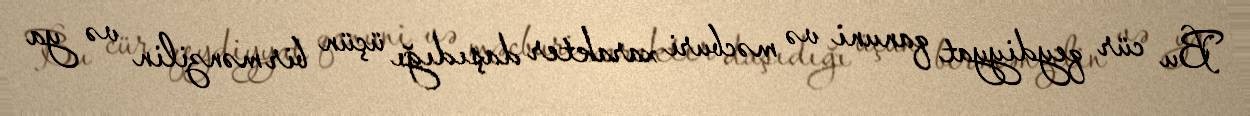
Bu cür qeydiyyat qanuni və məcburi xarakter daşıdığı üçün bir mənzilin və ya